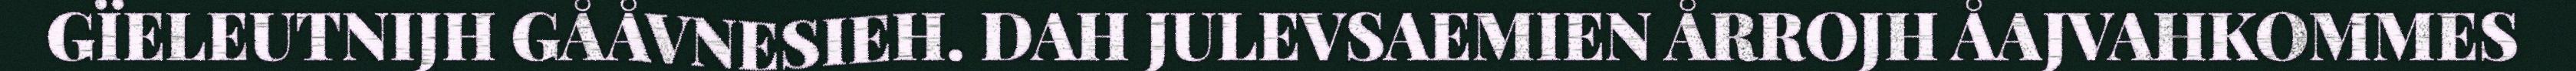
GÏELEUTNIJH GÅÅVNESIEH. DAH JULEVSAEMIEN ÅRROJH ÅAJVAHKOMMES